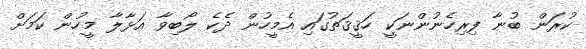
ކުރަން ބުނާ ފިރިހެނުންނަކީ ހަޤީޤަތުގައި އެމީހުން ދެކެ ލޯބިވާ އަޅާލާ މީހުން ކަމަށް